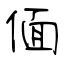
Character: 偭